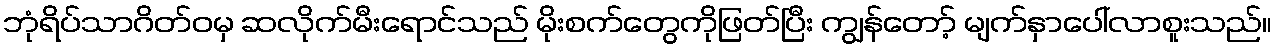
ဘုံရိပ်သာဂိတ်ဝမှ ဆလိုက်မီးရောင်သည် မိုးစက်တွေကိုဖြတ်ပြီး ကျွန်တော့် မျက်နှာပေါ်လာစူးသည်။